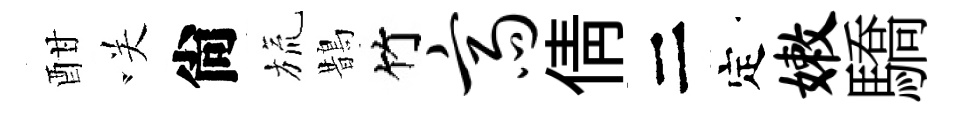
酣咲尙旒鵲竹斋倩二定嫩驕